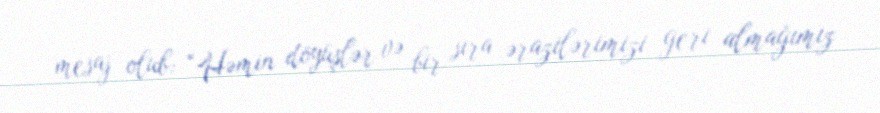
mesaj olub: “Həmin döyüşlər və bir sıra ərazilərimizi geri almağımız